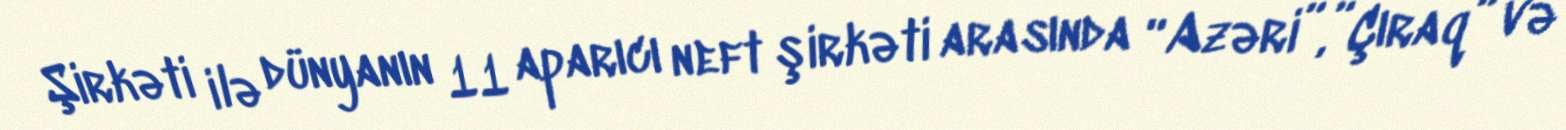
Şirkəti ilə dünyanın 11 aparıcı neft şirkəti arasında “Azəri”,”Çıraq” və